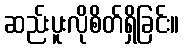
ဆည်းပူးလိုစိတ်ရှိခြင်း။